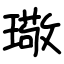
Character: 璥